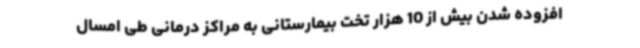
افزوده شدن بیش از 10 هزار تخت بیمارستانی به مراکز درمانی طی امسال